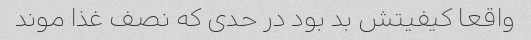
واقعا کیفیتش بد بود در حدی که نصف غذا موند